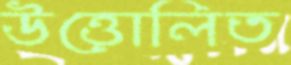
উত্তোলিত